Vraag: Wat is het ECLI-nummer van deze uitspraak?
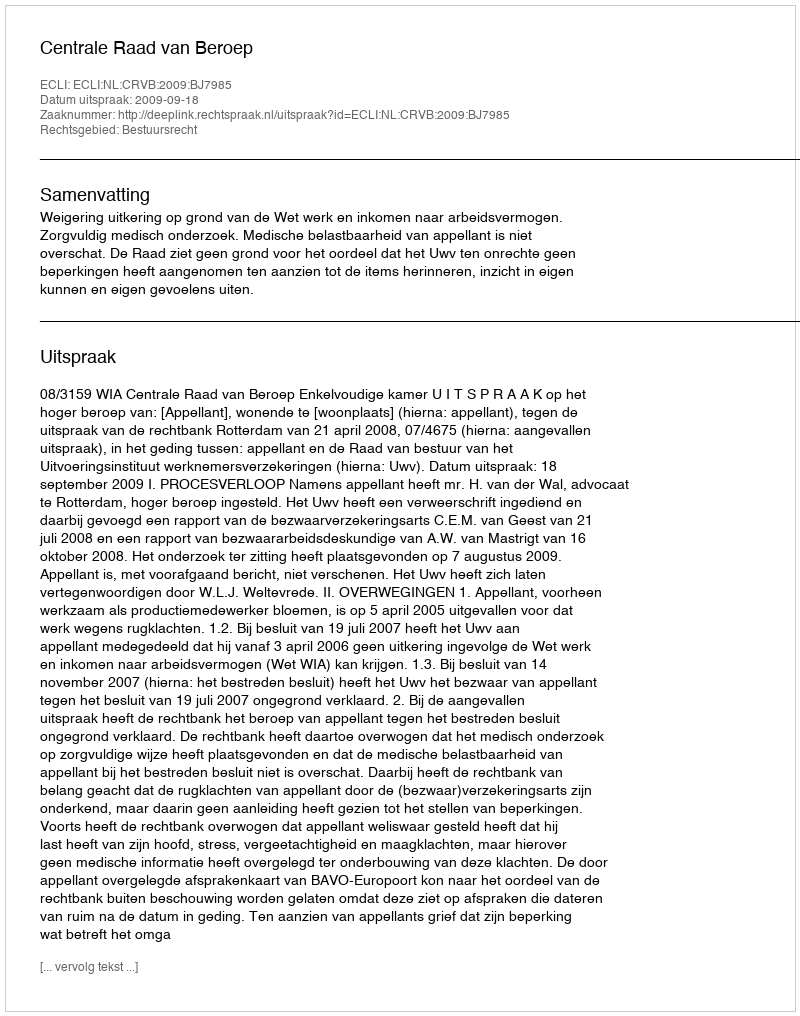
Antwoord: ECLI:NL:CRVB:2009:BJ7985